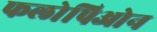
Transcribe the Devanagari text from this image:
फलोपिओन